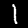
Label: 1